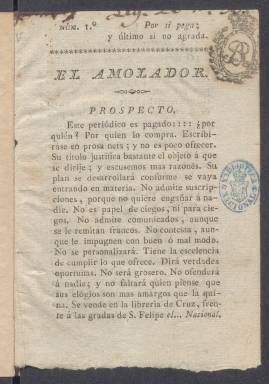
Título: El Amolador
Colección: Periódicos anteriores a 1850
Ámbito geográfico: Madrid
Lugar de publicación: Madrid
Fechas: 01/01/1822-31/12/1822